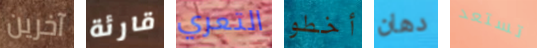
آخرين قارئة التعري أخطو دهان تستعد